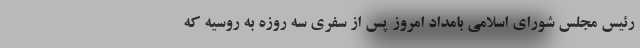
رئیس مجلس شورای اسلامی بامداد امروز پس از سفری سه روزه به روسیه که